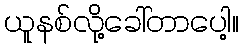
ယူနစ်လို့ခေါ်တာပေါ့။